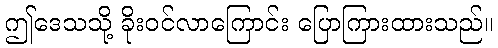
ဤဒေသသို့ ခိုးဝင်လာကြောင်း ပြောကြားထားသည်။